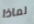
لماذا